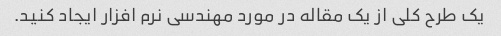
یک طرح کلی از یک مقاله در مورد مهندسی نرم افزار ایجاد کنید.